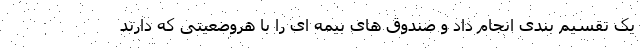
یک تقسیم بندی انجام داد و صندوق های بیمه ای را با هروضعیتی که دارند